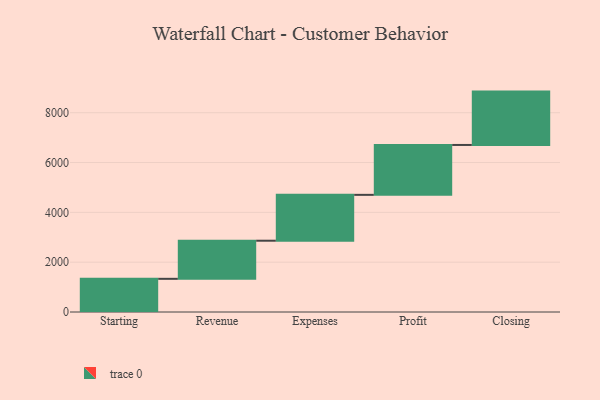
{"axis": {"x": "Step", "y": "Value"}, "legend": [""], "data": [{"x": "Starting", "y": 1332.0, "type": ""}, {"x": "Revenue", "y": 1530.0, "type": ""}, {"x": "Expenses", "y": 1841.0, "type": ""}, {"x": "Profit", "y": 2003.0, "type": ""}, {"x": "Closing", "y": 2142.0, "type": ""}]}